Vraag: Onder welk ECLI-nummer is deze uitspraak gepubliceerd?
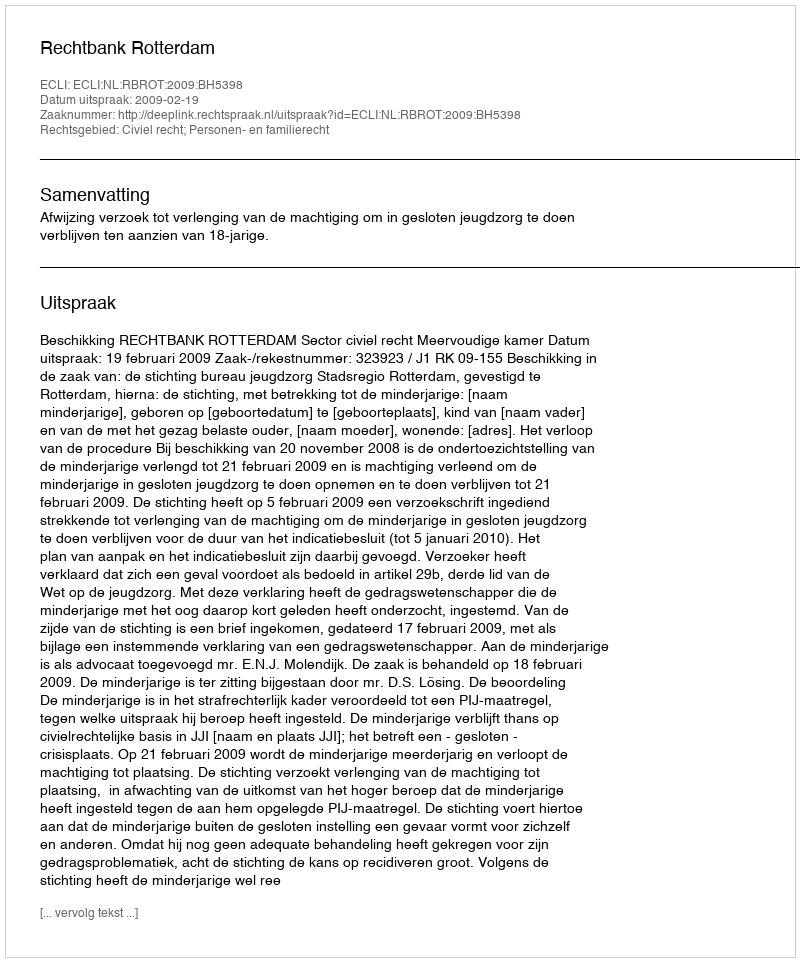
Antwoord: ECLI:NL:RBROT:2009:BH5398